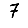
Digit: 7